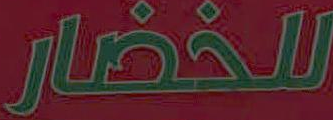
للخضار